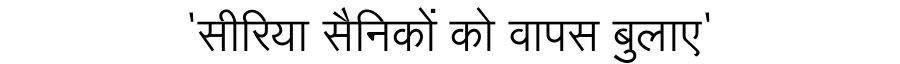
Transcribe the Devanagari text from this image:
'सीरिया सैनिकों को वापस बुलाए'